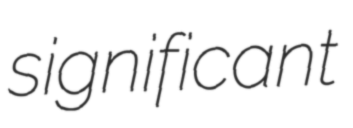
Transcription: significant